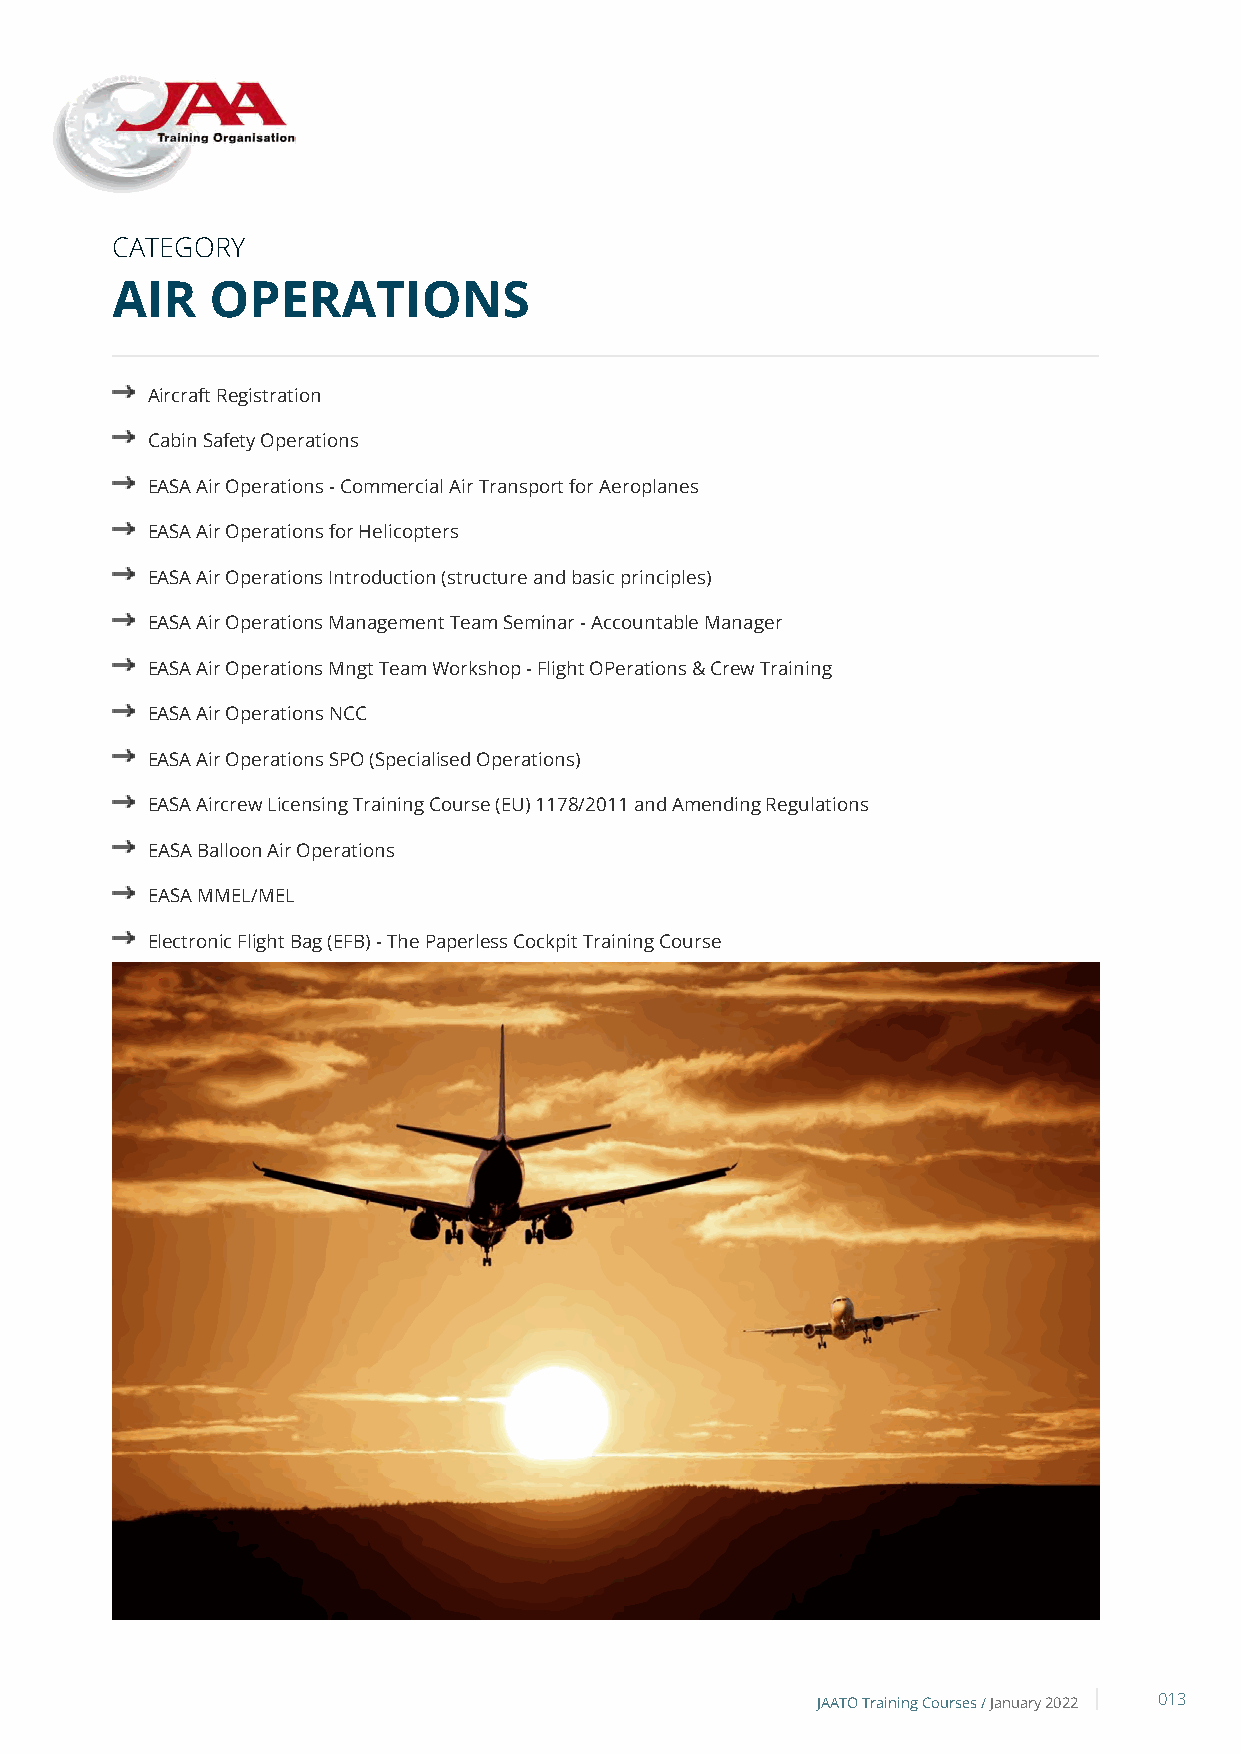
CATEGORY
 AIR    OPERATIONS
 Aircraft Registration
 Cabin Safety Operations
 EASA Air Operations - Commercial Air Transport for Aeroplanes
 EASA Air Operations for Helicopters
 EASA Air Operations Introduction (structure and basic principles)
 EASA Air Operations Management Team Seminar - Accountable Manager
 EASA Air Operations Mngt Team Workshop - Flight OPerations & Crew Training
 EASA Air Operations NCC
 EASA Air Operations SPO (Specialised Operations)
 EASA Aircrew Licensing Training Course (EU) 1178/2011 and Amending Regulations
 EASA Balloon Air Operations
 EASA MMEL/MEL
 Electronic Flight Bag (EFB) - The Paperless Cockpit Training Course
 European Flight Time Limitations: (EC REG 83/2014 - 'Subpart FTL')
 International Search and Rescue (SAR) Operations - Introductory Module
 Night Vision Imaging System (NVIS) Awareness & Familiarisation
 Performance Based Navigation (PBN) - Introduction
 Pilot CRM Assessment Skills Workshop
 Special Operating Rules: ETOPS, MNPS, RVSM, LVO (AWOPS), PBN
 JAATO Training Courses /January 2022 013